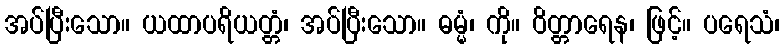
အပ်ပြီးသော။ ယထာပရိယတ္တံ၊ အပ်ပြီးသော။ ဓမ္မံ၊ ကို။ ဝိတ္တာရေန၊ ဖြင့်။ ပရေသံ၊